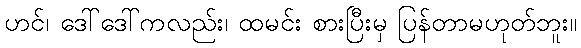
ဟင်၊ ဒေါ်ဒေါ်ကလည်း၊ ထမင်း စားပြီးမှ ပြန်တာမဟုတ်ဘူး။